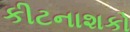
કીટનાશકો